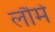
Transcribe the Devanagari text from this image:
लौमे